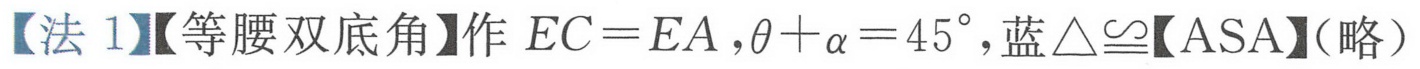
【法 1】【等腰双底角】作 \(EC = EA\)，\(\theta+\alpha = 45^{\circ}\)，蓝\(\triangle\cong\)【ASA】（略）